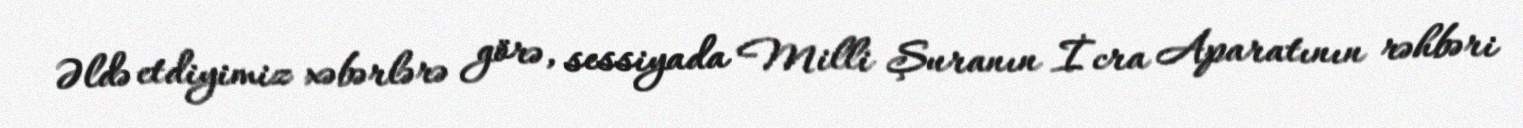
Əldə etdiyimiz xəbərlərə görə, sessiyada Milli Şuranın İcra Aparatının rəhbəri